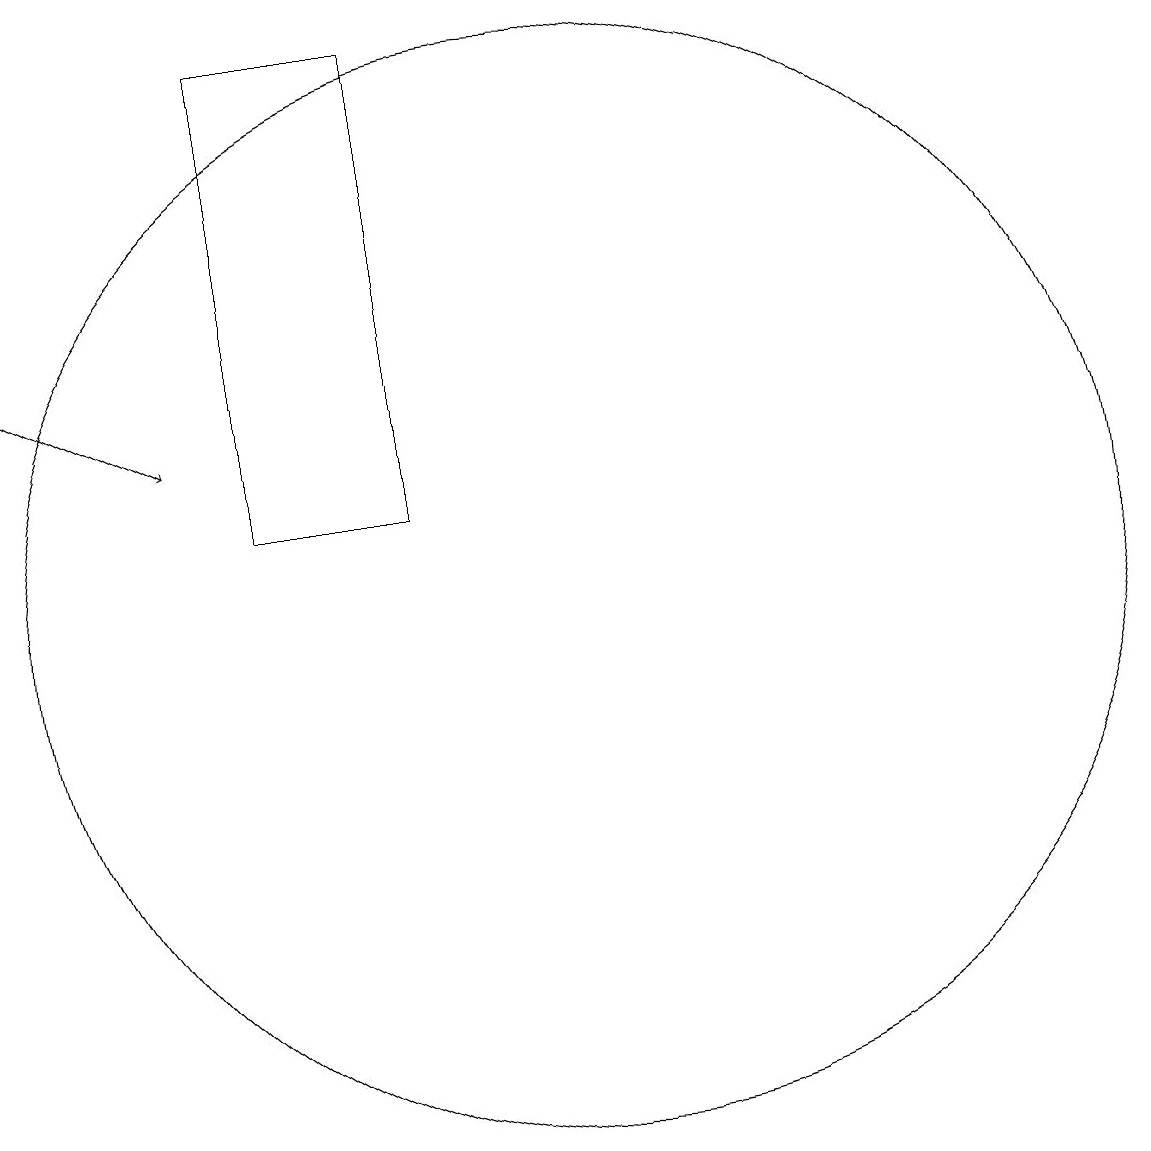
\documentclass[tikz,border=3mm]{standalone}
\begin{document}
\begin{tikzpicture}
\draw (6,18) rectangle (8,12);
\draw (10,11) circle (7);
\draw[->] (3,14) -- (5,13);
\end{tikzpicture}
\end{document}